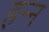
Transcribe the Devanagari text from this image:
हन्न